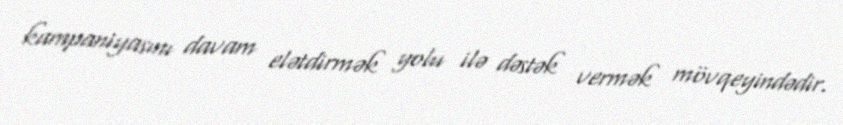
kampaniyasını davam elətdirmək yolu ilə dəstək vermək mövqeyindədir.